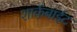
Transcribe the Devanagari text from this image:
शार्कबाईट